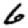
Digit: 6